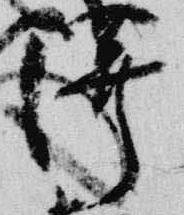
澤